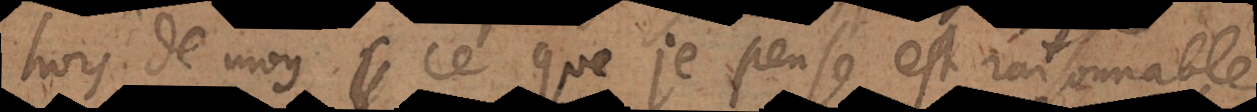
hors de moy, ce que je pense est raisonnable,